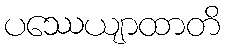
ပဿေယျာထာတိ